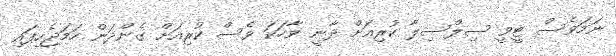
ނަމަވެސް ޓީވީ ސިލްސިލާ ކުރިއަށް ދާނީ ވާހަކަ ވެސް ކުރިއަށް ގެންދަން ހަމަޖެހިފައި